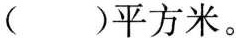
()平方米。